Vaccination in Burma 1912-1922 - 1912-1922
Year: 1912
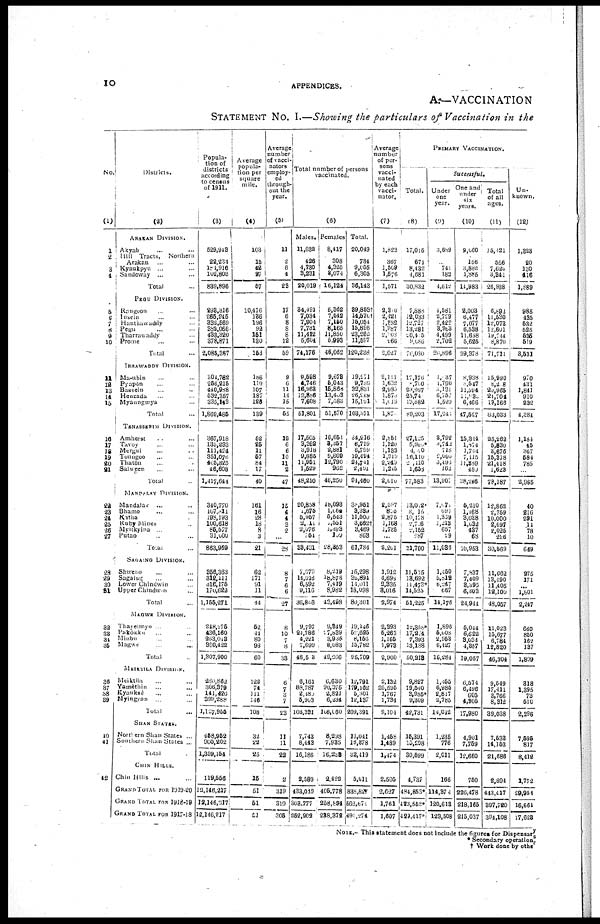
10
APPENDICES.
A.—VACCINATION
STATEMENT No. I.—Showing the particulars of Vaccination in the
No.
(1)
1
2
3
4
5
6
7
8
6
10
11
12
13 11
15
10
17
18
19
20
21
22
23
24
25
26
27
28
29
30
31
32
33
34
35
36
37
38
39
40
41
42
Districts.
(2)
ARAKAN DIVISION.
Akyab... ... ... ...
Hill Tracts, Northern
Arakan... ... ...
Kyaukpyu... ... ...
Sandoway ... ... ...
Total...
PEGU DIVISION.
Rangoon... ... ...
Insein... ... ...
Hanthawaddy... ... ...
Pegu... ... ...
Tharrawaddy... ... ...
Prome... ... ...
Total...
IRRAWADDY DIVISION.
Ma-ubin... ... ...
Pyapôn... ... ...
Bassein... ... ...
Henzada... ... ...
Myaungmya... ... ...
Total... ...
TENASSERIM DIVISION.
Amherst... ... ...
Tavoy... ... ...
Mergai... ... ...
Toungoo... ... ...
Thatôn... ... ...
Salween... ... ...
Total... ...
MANDALAY DIVISION.
Mandalav ... ... ...
Bhamo... ... ...
Katha... ... ...
Ruby Mines... ... ...
Myitkyina ... ... ...
Putao... ... ...
Total...
SAGAING DIVISION.
Shwebo... ... ...
Sagaing... ... ...
Lower Chindwin... ...
Upper Chindwin... ...
Total...
MAGWE DIVISION.
Thayeumoy... ... ...
Pakôkku... ... ...
Minbu... ... ...
Magwe... ... ...
Total... ...
MEIKTILA DIVISION.
Meiktila... ... ...
Yamèthin... ... ...
Kyauksè... ... ...
Myingyan... ... ...
Total... ...
SHAN STATES.
Northern Shan States ...
Southern Shan States ...
Total...
CHIN HILLS.
Chin Hills ...
GRAND TOTAL FOR 1919-20
GRAND TOTAL FOR 1918-19
GRAND TOTAL FOR 1917-18
Popula-
tion of
districts
according
to census
of 1911.
(3)
529,943
22,234
181,916
102,803
839,896
298,316
266,245
332,560
382,066
433,320
378,871
2,085,387
304,782
256,215
440,938
532,357
335,143
1,869,485
367,918
135,293
111,424
351,076
406,825
46,608
1,417,644
340,770
107,011
198,193
100,618
85,577
31,000
863,969
356,363
312,111
316,175
170,622
1,155,271
248,275
436,160
263,013
360,422
1,307,900
280,862
306,379
111,426
399,288
1,127,955
458,952
900,202
1,359,154
119,556
12,146,217
12,146,217
12,146,217
Average
popula-
tion per
square
mile.
(4)
103
15
42
27
57
10,476
186
196
92
151
130
153
186
119
107
187
123
139
52
25
11
57
84
17
40
161
16
28
18
8
3
21
62
171
91
11
44
52
44
80
98
60
122
74
111
146
108
32
22
25
15
51
51
51
Average,
number
of vacci-
nators
employ-
ed
through-
out the
year.
(5)
11
2
6
4
23
17
6
8
8
8
12
59
9
6
11
14
15
55
12
6
6
10
11
2
47
15
4
4
3
2
...
28
...
7
6
6
27
8
10
7
8
33
6
7
3
7
23
11
11
22
2
319
319
306
Total number of persons
vaccinated.
(6)
Males.
11,632
426
4,730
3,231
20,019
84,491
7,034
7,904
7,731
11,412
5,604
74,176
9,598
4,746
16,963
12,886
7,608
51,801
17,565
3,262
3,918
9,885
11,951
1,529
48,210
20,858
1,675
6,957
2,011
2,076
761
33,431
7,079
14,016
6,592
9,116
36,803
9,797
24,786
4,221
7,699
16,503
6,161
88,787
2,480
5,903
103,331
7,743
8,443
16,186
2,589
433,049
303,777
262,902
Females
8,417
308
4,325
3,074
16,124
5,362
7,542
7,150
8,165
11,850
5,993
46,062
9,678
5,043
15,868
13,403
7,083
51,570
16,651
3,357
2,881
9,609
12,790
962
46,250
18,093
1,064
5,543
1,551
1,393
109
28,353
8,219
18,878
7,419
8,982
43,498
9,849
17,839
3,935
8,083
49,206
6,630
90,375
2,821
6,234
106,060
8,298
7,935
16,238
2,422
405,778
258,894
238,372
Total.
20,049
734
9,055
6,305
36,143
39,853†
14,570†
16,054
15,896
23,262
11,597
120,238
19,271
9,739
32,831
26,289
15,191
103,371
34,216
6,719
6,799
19,491
24,741
2,451
94,460
38,951
3,339
11,500
3,662†
3,469
863
61,784
15,298
32,894
14,011
18,098
80,301
19,146
59,625
8,156
15,782
95,709
12,791
179,162
5,301
12,137
209,391
13,041
16,378
32,419
5,011
838,827
662,671
491,274
Average
number
of per-
sons
vacci-
nated
by each
vacci-
nator.
(7)
1,823
367
1,509
1,576
1,571
2,300
2,421
1,882
1,987
2,008
166
2,027
2,141
1,632
2,935
1,870
l,015
1,87
2,851
1,120
1,133
1,919
2,240
l,245
2,010
2,597
835
2,875
1,168
1,735
...
2,201
1,912
4,699
3,335
3,016
2,974
2,393
6,263
1,165
1,973
2,900
2,132
25,595
1,767
1,734
9,104
1,458
1,489
1,474
2,505
2,627
1,761
1,607
PRIMARY VACCINATION.
Total.
(8)
17,015
674
8,432
4,681
30,832
7,888
12,033
12,727
13,281
20,405
9,688
76,030
17,176
8,760
23,997
25,74
13,582
89,203
27,125
5,960*
4,000
10,110
2,110
1,658
77,583
13,002
3,015
10,158
2,706
2,152
287
31,700
11,535
13,692
11,473*
14,525
51,225
12,358*
17,274
7,393
13,188
50,218
9,897
19,540
3,935*
9,309
42,731
15,391
10,208
30,599
4,737
484,853*
423,552*
429,417*
Successful.
Under
one
year.
(9)
3,689
...
741
182
4,612
4,581
2,729
2,422
3,963
4,499
2,702
20,896
1,037
1,790
3,131
6,757
1,529
17,34
3,792
3,742
718
2,000
3,493
162
13,907
7,070
697
1,369
1,213
657
29
11,088
1,450
5,818
6,247
667
14,176
1,896
5,008
2,953
6,427
16,284
1,455
6,985
2,817
2,785
14,042
1,235
776
2,011
166
114,374
120,613
123,508
One and
under
six
years.
(10)
9,060
156
3,882
1,885
11,983
2,003
6,477
7,077
6,538
11,658
5,625
39,378
8,938
8,547
11,394
11,930
6,466
47,527
15,314
1,874
1,714
7,115
11,839
480
38,246
5,210
1,168
3,038
1,032
437
68
10,953
7,837
7,409
3,393
6,303
24,944
5,044
6,622
3,034
4,367
19,057
6,574
6,496
605
4,805
17,980
4,901
7,759
12,660
750
226,478
218,165
215,037
Total
of all
ages.
(11)
15,121
556
7,620
3,841
26,938
6,893
11,530
12,073
12,601
19,744
8,870
71,711
15,990
8,208
20,965
21,704
19,166
83,033
26,262
5,830
3,676
15,378
21,418
1,623
78,187
12,862
2,759
10,000
2,697
2,025
226
30,569
11,062
13,490
11,405
18,100
48,057
11,023
15,677
6,784
12,820
46,304
9,549
17,411
3,766
8,312
39,038
7,533
14,153
21,686
2,894
443,117
397,720
394,108
Un-
known.
(12)
1,323
20
130
416
1,889
985
435
535
525
535
519
3,631
970
431
1,841
910
232
4,384
1,184
45
367
584
785
...
2,965
40
216
291
.14
78
10
649
275
171
...
1,801
2,247
660
850
162
137
1,809
318
1,395
73
510
2,296
7,595
817
8,412
1,772
29,954
16,661
17,628
NOTE.— This statement does not Include the figures for Dispensary
* Secondary operation.
† Work done by other